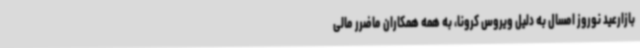
بازارعید نوروز امسال به دلیل ویروس کرونا، به همه همکاران ماضرر مالی